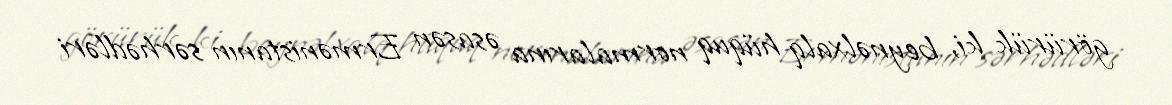
görürük ki, beynəlxalq hüquq normalarına əsasən Ermənistanın sərhədləri